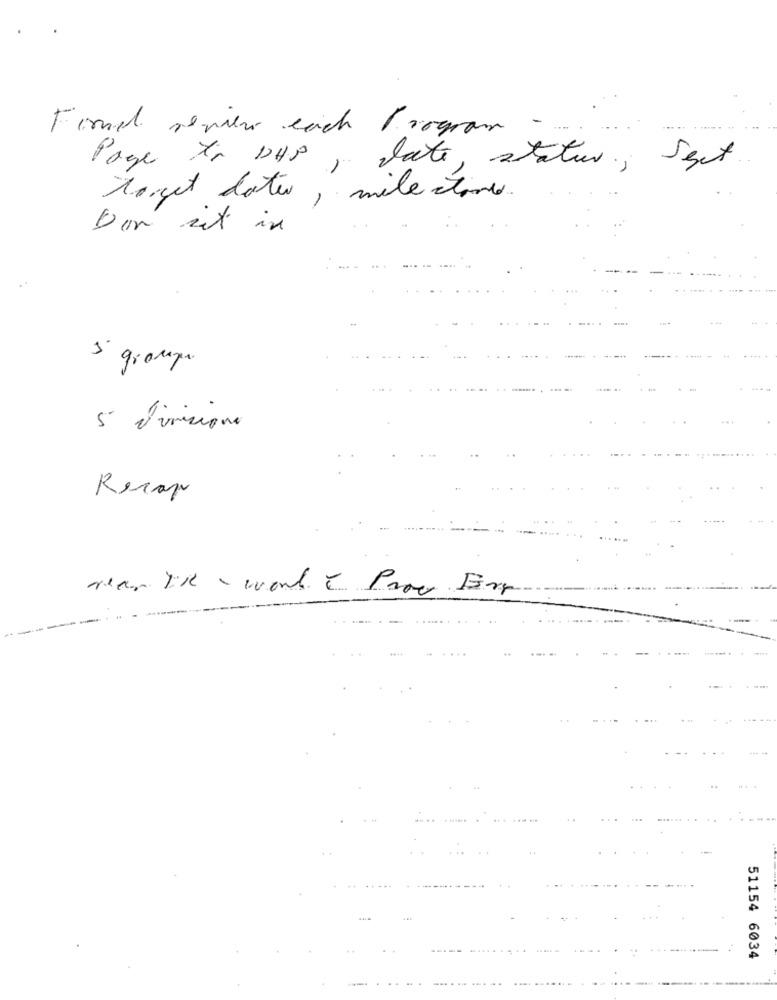
Finne review each Program -
Page to DHP, date, status; Seet
torget date, milestones.
Den sit in
5 groups.
5 divisione
Recap
rear Tik - work & Proc Erg
51154 6034